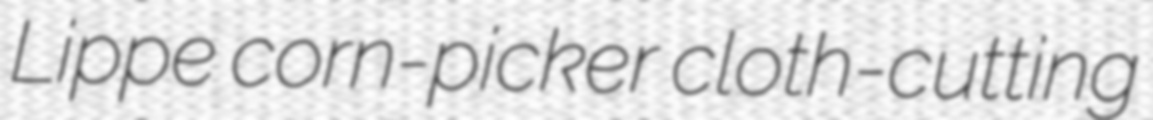
Lippe corn-picker cloth-cutting